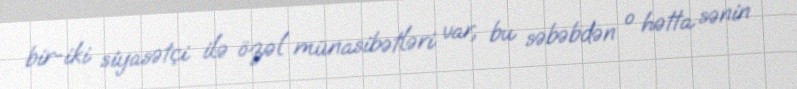
bir-iki siyasətçi ilə özəl münasibətləri var, bu səbəbdən o hətta sənin